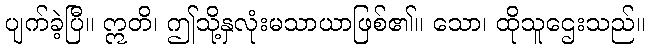
ပျက်ခဲ့ပြီ။ ဣတိ၊ ဤသို့နှလုံးမသာယာဖြစ်၏။ သော၊ ထိုသူဌေးသည်။